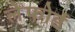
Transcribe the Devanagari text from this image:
लेफोर्ड